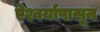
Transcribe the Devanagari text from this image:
ऐश्वर्यापासून